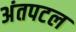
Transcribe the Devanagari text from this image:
अंतपटल